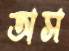
অস